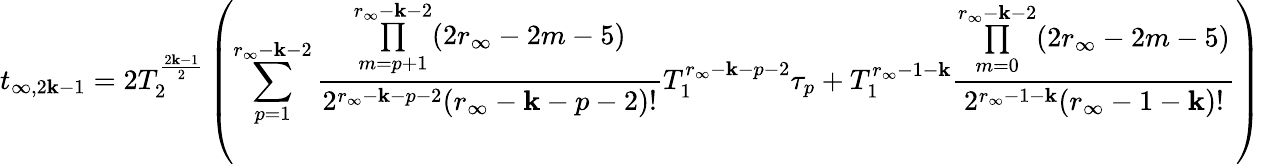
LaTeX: t_{\infty,2\mathbf{k}-1}=2T_{2}^{\frac{{2\mathbf{k}-1}}{{2}}}\left(\sum_{p=1}^{r_{\infty}-\mathbf{k}-2}\frac{{\underset{m=p+1}{\overset{r_{\infty}-\mathbf{k}-2}{\prod}}(2r_{\infty}-2m-5)}}{{2^{r_{\infty}-\mathbf{k}-p-2}(r_{\infty}-\mathbf{k}-p-2)!}}T_{1}^{r_{\infty}-\mathbf{k}-p-2}\tau_{p}+T_{1}^{r_{\infty}-1-\mathbf{k}}\frac{{\underset{m=0}{\overset{r_{\infty}-\mathbf{k}-2}{\prod}}(2r_{\infty}-2m-5)}}{{2^{r_{\infty}-1-\mathbf{k}}(r_{\infty}-1-\mathbf{k})!}}\right)